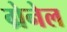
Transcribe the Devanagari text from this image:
ग्रेनेल